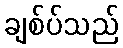
ချစ်ပ်သည်